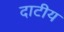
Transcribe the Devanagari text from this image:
दाटीय